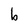
Character: b